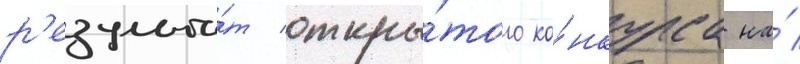
р'езульта́т откры́того ко́нкурса на́